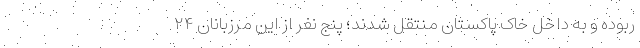
ربوده و به داخل خاک پاکستان منتقل شدند؛ پنج نفر از این مرزبانان ۲۴